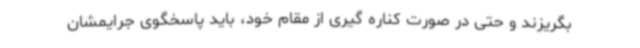
بگریزند و حتی در صورت کناره گیری از مقام خود، باید پاسخگوی جرایمشان